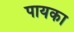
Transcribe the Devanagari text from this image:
पायका